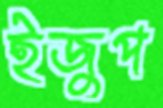
ইজুপ